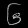
Digit: ၆